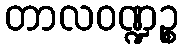
တာလဝဏ္ဍဉ္စ